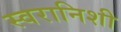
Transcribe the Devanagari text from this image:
स्वरानिशी